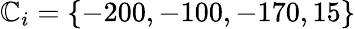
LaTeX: \mathbb{C}_{i}=\{ -200,-100,-170,15\}